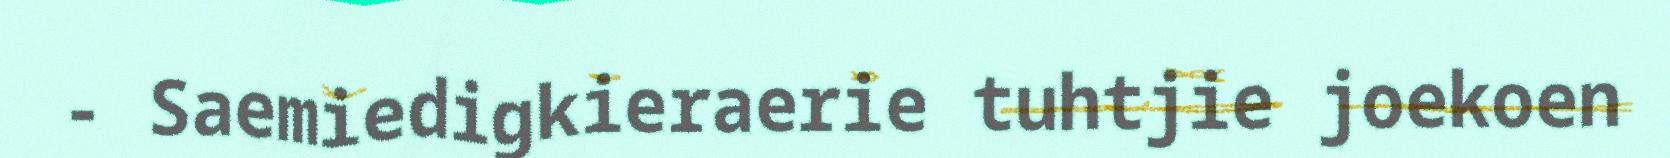
- Saemiedigkieraerie tuhtjie joekoen